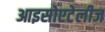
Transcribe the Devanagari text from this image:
आइसोएटेलीज